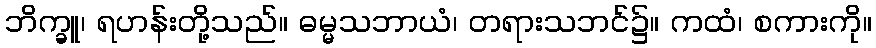
ဘိက္ခူ၊ ရဟန်းတို့သည်။ ဓမ္မသဘာယံ၊ တရားသဘင်၌။ ကထံ၊ စကားကို။